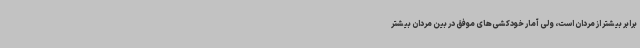
برابر بیشتر از مردان است، ولی آمار خودکشی‌های موفق در بین مردان بیشتر